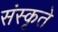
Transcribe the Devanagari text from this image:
संस्कृते